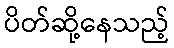
ပိတ်ဆို့နေသည့်